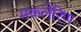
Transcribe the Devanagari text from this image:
मकलेरिण